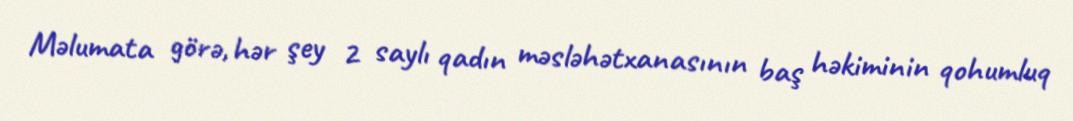
Məlumata görə, hər şey 2 saylı qadın məsləhətxanasının baş həkiminin qohumluq